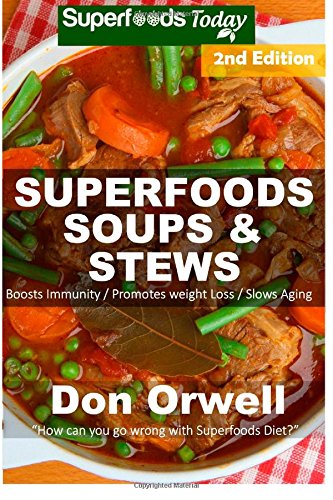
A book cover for Superfoods Soups & Stews: Over 70 Quick & Easy Gluten-Free Whole Foods Soups & Stews Recipes full of Antioxidants & Phytochemicals: Soups Stews and ... - weight loss plan for women) (Volume 30); Don Orwell; Cookbooks, Food & Wine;